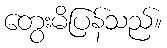
တွေးမိပြန်သည်။